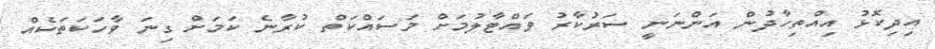
އިދިކޮޅު އިއްތިހާދުން އަންނަނީ ސަރުކާރު ވައްޓާލުމަށް މަސައްކަތް ކުރާނެ ކަމަށް ގިނަ ވާހަކަތަކެއް